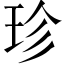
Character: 珍